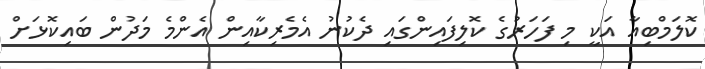
ކޮލަމްބިއާ އަކީ މި ފަހަރުގެ ކޮލިފައިންގައި ދެކުނު އެމެރިކާއިން އެންމެ މަދުން ބައިކޮޅަށް